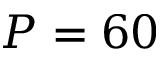
P = 6 0